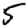
Digit: 5